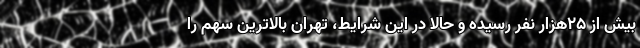
بیش از ۲۵هزار نفر رسیده و حالا در این شرایط، تهران بالاترین سهم را